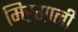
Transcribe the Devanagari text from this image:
मिरगानी